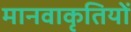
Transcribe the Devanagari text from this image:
मानवाकृतियों